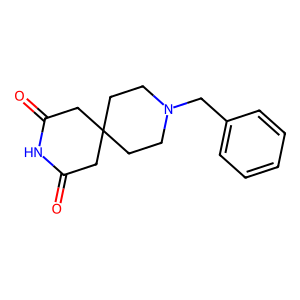
SMILES: O=C1CC2(CCN(Cc3ccccc3)CC2)CC(=O)N1
Inhibits HIV replication: No